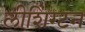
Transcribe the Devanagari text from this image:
लीशिंग्टन